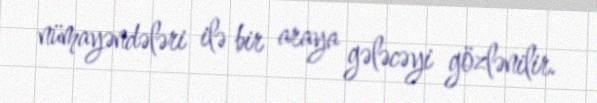
nümayəndələri ilə bir araya gələcəyi gözlənilir.